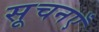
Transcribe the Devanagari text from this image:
सूचनएँ